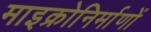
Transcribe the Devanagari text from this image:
माइक्रोनिर्माणों